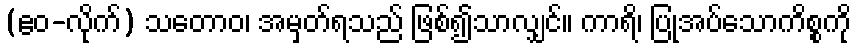
(ဧဝ-လိုက်) သတောဝ၊ အမှတ်ရသည် ဖြစ်၍သာလျှင်။ ကာရိ၊ ပြုအပ်သောကိစ္စကို